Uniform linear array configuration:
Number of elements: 24
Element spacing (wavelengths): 0.75
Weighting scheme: cosine
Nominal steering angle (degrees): -60
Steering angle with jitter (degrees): -60.24
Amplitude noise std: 0.05
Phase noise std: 0.05

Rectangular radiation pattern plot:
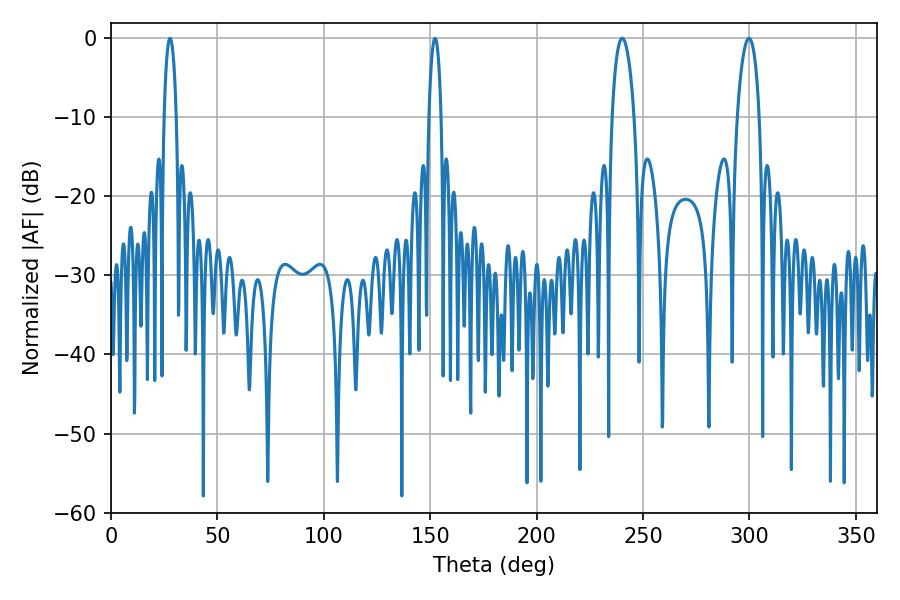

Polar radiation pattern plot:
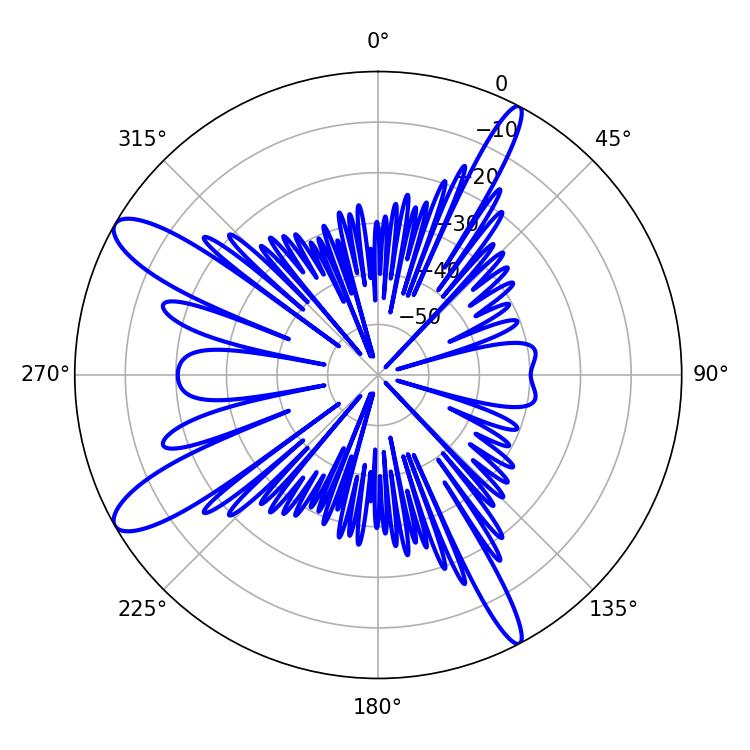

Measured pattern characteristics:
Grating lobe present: TRUE
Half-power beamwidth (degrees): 3.24
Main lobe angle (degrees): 27.72